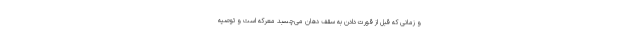
و زمانی که قبل از قورت دادن به سقف دهان می‌چسبد معرکه است و توصیه